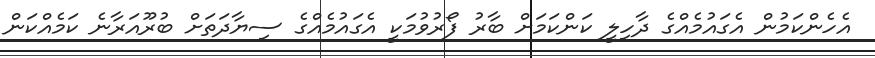
އެހެންކަމުން އެގައުމެއްގެ ދާހިލީ ކަންކަމަށް ބާރު ފޯރުވުމަކީ އެގައުމެއްގެ ސިޔާދަތަށް ބުރޫއަރާނެ ކަމެއްކަން